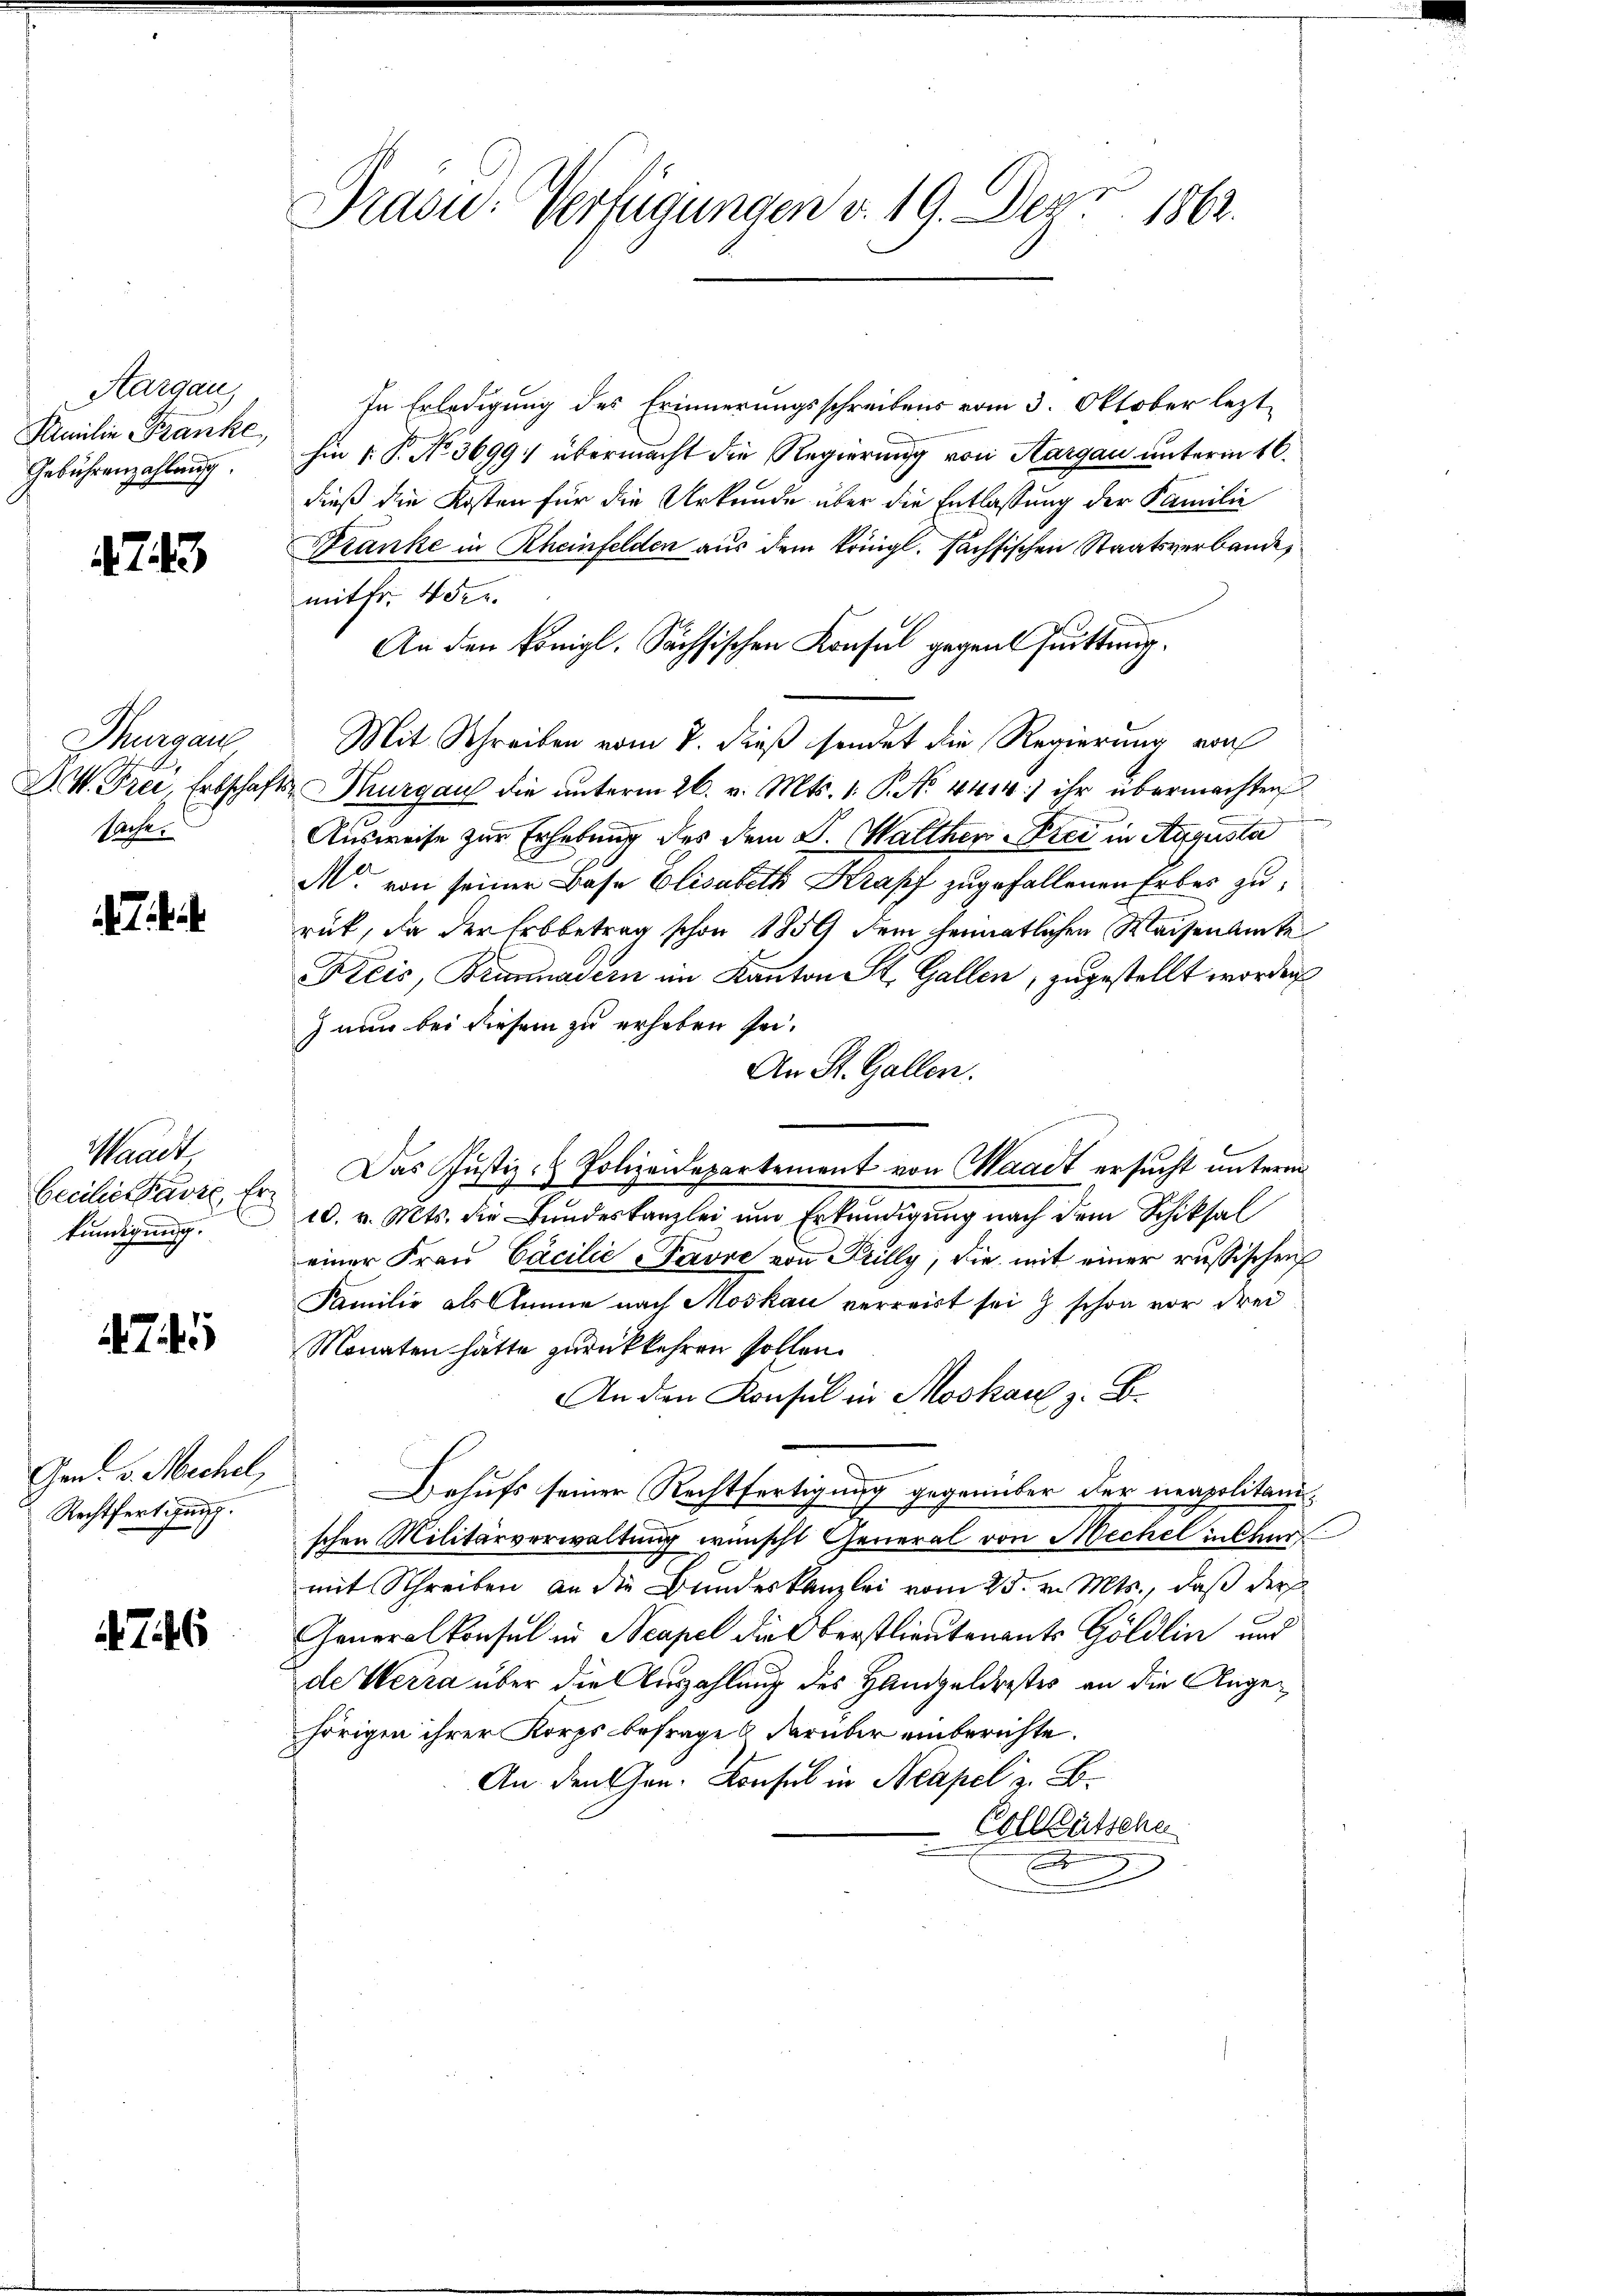
Aargau,
Familie Franke,
Gebührenzahlung.

743

Thurgau
sache.

e

Waadt,
becilien der Er
kündigung.

Gen. v. Mechel,
Rechtfertigung.

746

Präsid.- Verfügungen v. 19. Dez. 1862.

In Erledigung des Erinnerungsschreibens vom 3. Oktober lezthin 1. P. No 3699: übermacht die Regierung von Aargau unterm 16.
dieß die Kosten für die Urkunde über die Entlassung der Familie
Kranke in Rheinfelden aus dem Königl. sächsischen Staatsverbande,
mit fr. 4 der
An den königl. Sächsischen Konsul gegent suittung.
Mit Schreiben vom 7. dieß sendet die Regierung von
D. W. Frei, Erbschafts Thurgau die ŭnterm 26. v. Mts. 1. P. No. 4414) ihr übermachten
Ausweise zur Erhebung des dem S. Walther Frei in Augusta
M. von seiner Base Elisabeth Krapf zugefallenen Erbes zu
rück, da der Erbbetrag schon 1859 dem heimatlichen Waisenamte
Kreis, Brunnadern im Kanton St. Gallen, zugestellt worden
) nun bei diesem zu erheben sei.
An St. Gallen.
Das Justiz- & Polizeidepartement von Waadt ersucht unterm
10. v. Mts. die Bŭndeskanzlei ŭm Erkundigung nach dem Schiksal
einer Frau Cäcilie Pavre von Pilly, die mit einer russischen
Familie als Amie nach Moskau verreist sei & schon vor drei
Monaten hätte zurückkehren sollen.
An den Konsul in Moskau z. B.
Behufs seiner Rechtfertigung gegenüber der neapolitanischen Militärverwaltung wünscht General von Mechel in Chur
mit Schreiben an die Bundeskanzlei vom 25. v. Mts., daß der
Generalkonsul in Neapel die Oberstlieutenants Göldlin und
de Werra über die Auszahlung des Handgeldestes an die Angehörigen ihrer Korps befrages darüber einberichte.
An den Gen. Konsul in Neapel z. B.
Collgütsche
u
2